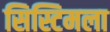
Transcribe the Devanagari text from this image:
सिस्टिमला